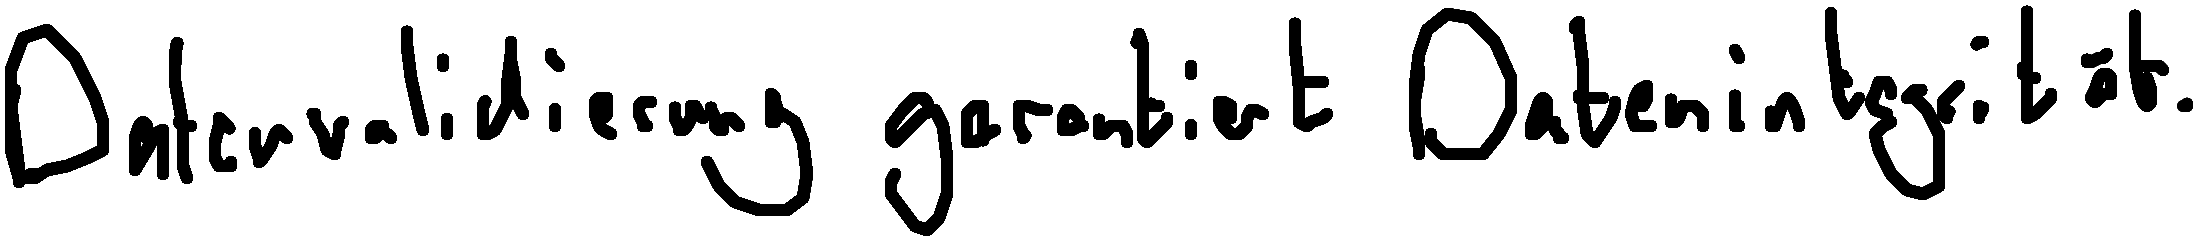
Datenvalidierung garantiert Datenintegrität.